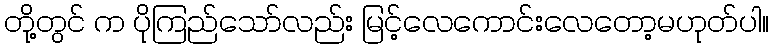
တို့တွင် က ပိုကြည်သော်လည်း မြင့်လေကောင်းလေတော့မဟုတ်ပါ။